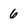
Character: 6